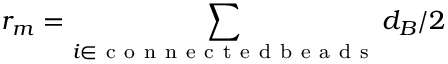
r _ { m } = \sum _ { i \in \mathrm { ~ c ~ o ~ n ~ n ~ e ~ c ~ t ~ e ~ d ~ b ~ e ~ a ~ d ~ s ~ } } d _ { B } / 2